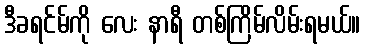
ဒီခရင်မ်ကို လေး နာရီ တစ်ကြိမ်လိမ်းရမယ်။